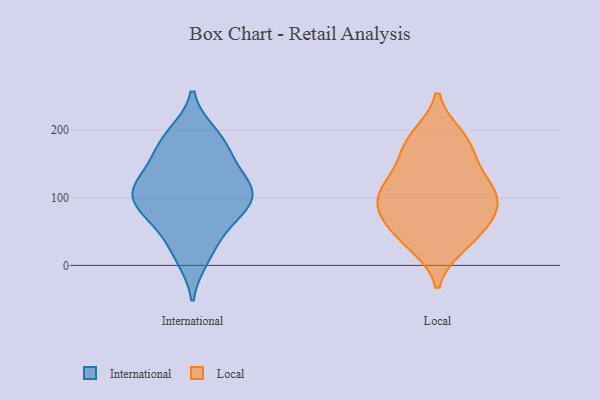
{"axis": {"x": "Page Views", "y": "Value"}, "legend": ["International", "Local"], "data": [{"x": "", "y": 111, "type": "International"}, {"x": "", "y": 114, "type": "International"}, {"x": "", "y": 105, "type": "International"}, {"x": "", "y": 119, "type": "International"}, {"x": "", "y": 153, "type": "International"}, {"x": "", "y": 194, "type": "International"}, {"x": "", "y": 95, "type": "International"}, {"x": "", "y": 98, "type": "International"}, {"x": "", "y": 67, "type": "International"}, {"x": "", "y": 115, "type": "International"}, {"x": "", "y": 11, "type": "International"}, {"x": "", "y": 19, "type": "International"}, {"x": "", "y": 172, "type": "International"}, {"x": "", "y": 48, "type": "International"}, {"x": "", "y": 141, "type": "International"}, {"x": "", "y": 78, "type": "International"}, {"x": "", "y": 77, "type": "International"}, {"x": "", "y": 175, "type": "International"}, {"x": "", "y": 193, "type": "International"}, {"x": "", "y": 192, "type": "Local"}, {"x": "", "y": 63, "type": "Local"}, {"x": "", "y": 99, "type": "Local"}, {"x": "", "y": 166, "type": "Local"}, {"x": "", "y": 76, "type": "Local"}, {"x": "", "y": 103, "type": "Local"}, {"x": "", "y": 117, "type": "Local"}, {"x": "", "y": 97, "type": "Local"}, {"x": "", "y": 128, "type": "Local"}, {"x": "", "y": 192, "type": "Local"}, {"x": "", "y": 146, "type": "Local"}, {"x": "", "y": 42, "type": "Local"}, {"x": "", "y": 29, "type": "Local"}, {"x": "", "y": 66, "type": "Local"}, {"x": "", "y": 80, "type": "Local"}, {"x": "", "y": 32, "type": "Local"}, {"x": "", "y": 175, "type": "Local"}, {"x": "", "y": 113, "type": "Local"}]}